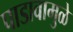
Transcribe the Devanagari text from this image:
पाडावामुळे